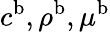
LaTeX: c^{\mathrm{b}},\rho^{\mathrm{b}},\mu^{\mathrm{b}}